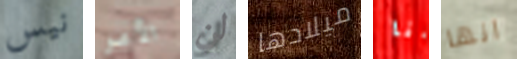
نيس الأمر لن ميلادها انا انها